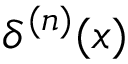
\delta ^ { ( n ) } ( x )